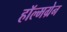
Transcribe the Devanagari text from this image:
हॉल्मग्रेन